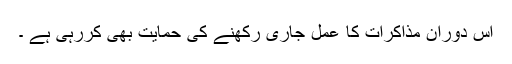
اس دوران مذاکرات کا عمل جاری رکھنے کی حمایت بھی کررہی ہے ۔